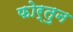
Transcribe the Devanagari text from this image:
फोर्तुन